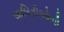
સાબિતીઓની